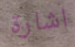
اشارة